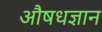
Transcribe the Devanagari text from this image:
औषधज्ञान